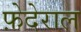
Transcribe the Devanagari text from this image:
फ़ेदेराल